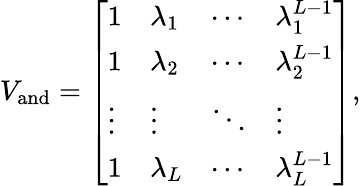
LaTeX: V_{\mathrm{and}}=\left[\begin{array}{llll}{1}&{\lambda_{1}}&{\cdots}&{\lambda_{1}^{L-1}}\\ {1}&{\lambda_{2}}&{\cdots}&{\lambda_{2}^{L-1}}\\ {\vdots}&{\vdots}&{\ddots}&{\vdots}\\ {1}&{\lambda_{L}}&{\cdots}&{\lambda_{L}^{L-1}}\end{array}\right],